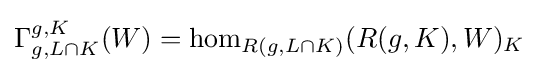
\Gamma _{g,L\cap K}^{g,K}(W)=\hom _{R(g,L\cap K)}(R(g,K),W)_{K}